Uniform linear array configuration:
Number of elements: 64
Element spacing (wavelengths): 1
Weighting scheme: uniform
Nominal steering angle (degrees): -30
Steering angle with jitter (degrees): -28.723
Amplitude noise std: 0.05
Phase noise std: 0.05

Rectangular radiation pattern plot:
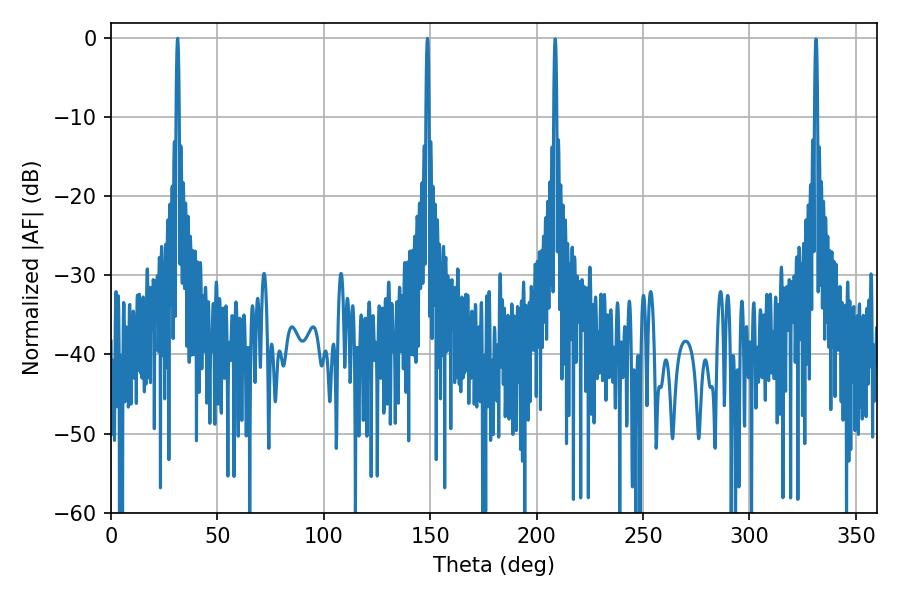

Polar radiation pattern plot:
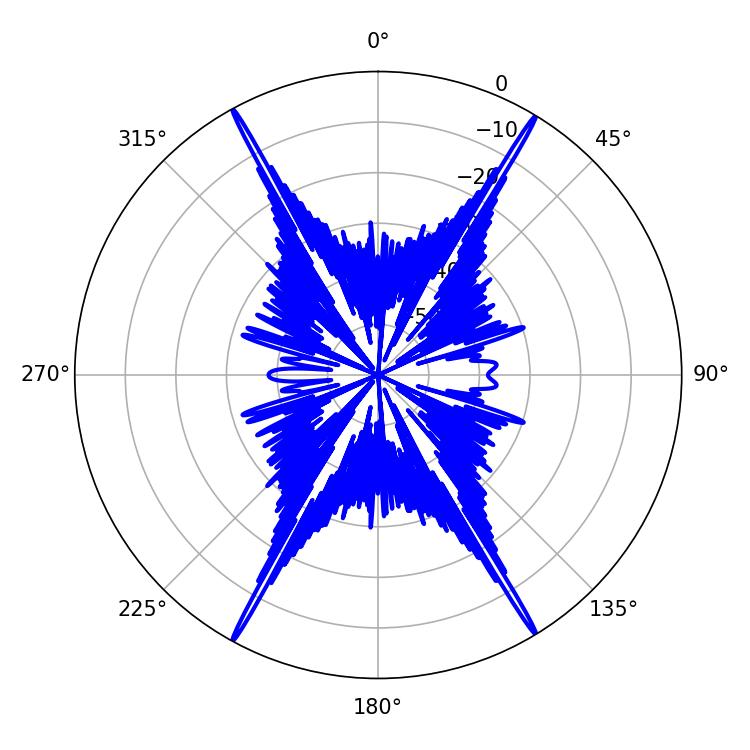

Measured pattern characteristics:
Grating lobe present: TRUE
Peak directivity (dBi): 30.19
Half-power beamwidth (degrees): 0.72
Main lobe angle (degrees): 148.68